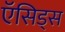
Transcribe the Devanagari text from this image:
ऍसिड्स